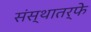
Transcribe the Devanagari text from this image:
संस्थातर्फे